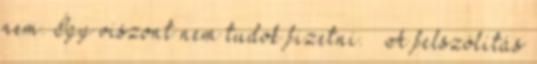
nem. Így viszont nem tudok fizetni. – A felszólítás